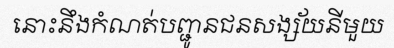
នោះនឹងកំណត់បញ្ជូនជនសង្ស័យនីមួយ